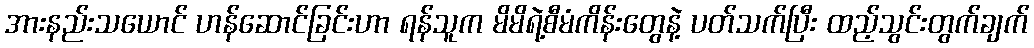
အားနည်းသယောင် ဟန်ဆောင်ခြင်းဟာ ရန်သူက မိမိရဲ့စီမံကိန်းတွေနဲ့ ပတ်သက်ပြီး ထည့်သွင်းတွက်ချက်